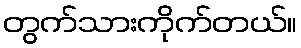
တွက်သားကိုက်တယ်။